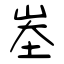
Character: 峚